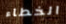
الخطاء